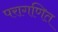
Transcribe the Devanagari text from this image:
परागणित